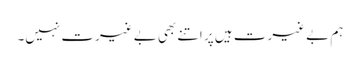
ہم بے غیرت ہیں پر اتنے بھی بے غیرت نہیں۔